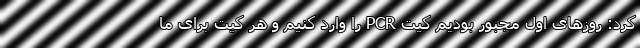
کرد: روزهای اول مجبور بودیم کیت PCR را وارد کنیم و هر کیت برای ما